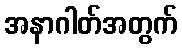
အနာဂါတ်အတွက်